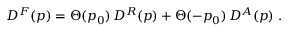
D ^ { F } ( p ) = \Theta ( p _ { 0 } ) \, D ^ { R } ( p ) + \Theta ( - p _ { 0 } ) \, D ^ { A } ( p ) \; .